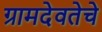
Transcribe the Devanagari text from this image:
ग्रामदेवतेचे